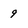
Character: 9